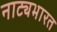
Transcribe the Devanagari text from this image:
नाट्यभारत